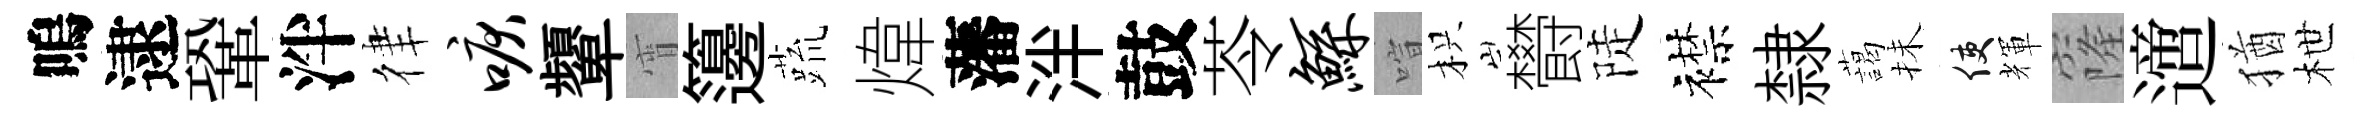
嗚逮鞏泮律唳顰宵籩蔬煒藩泮鼓苓鲧喧枳欎陡襟隸藹抺使輝窿𨗁猶枻